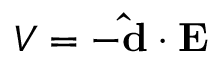
V = - \mathbf { \hat { d } } \cdot \mathbf { E }